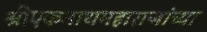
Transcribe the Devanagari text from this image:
श्रीएकनाथमहाराजांच्या